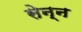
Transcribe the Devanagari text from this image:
सेन्न